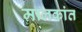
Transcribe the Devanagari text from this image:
मालकांत